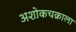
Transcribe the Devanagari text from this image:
अशोकचक्राला